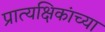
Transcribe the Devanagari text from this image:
प्रात्यक्षिकांच्या